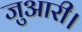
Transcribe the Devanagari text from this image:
जुआरी।